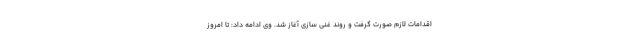
اقدامات لازم صورت گرفت و روند غنی سازی آغاز شد. وی ادامه داد: تا امروز